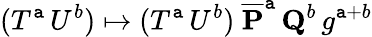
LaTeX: (T^{\mathtt{a}}\, U^{b})\mapsto(T^{\mathtt{a}}\, U^{b})\ {\overline{{{{{\mathbf{P}}}}}}}^{\mathtt{a}}\, {\mathbf{Q}}^{b}\, g^{\mathtt{a}+b}